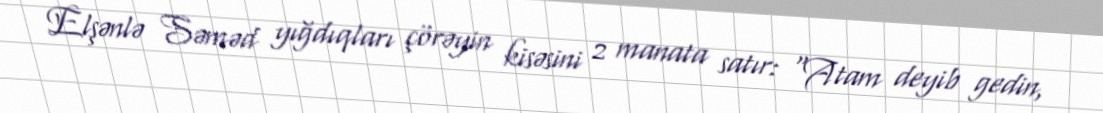
Elşənlə Səməd yığdıqları çörəyin kisəsini 2 manata satır: “Atam deyib gedin,